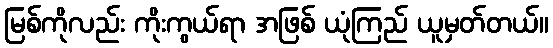
မြစ်ကိုလည်း ကိုးကွယ်ရာ အဖြစ် ယုံကြည် ယူမှတ်တယ်။